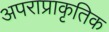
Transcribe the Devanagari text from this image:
अपराप्राकृतिक